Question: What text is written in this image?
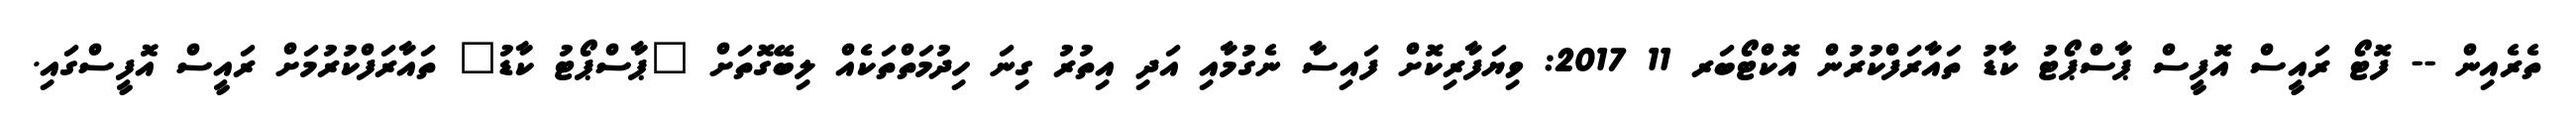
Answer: ތެރެއިން -- ފޮޓޯ ރައީސް އޮފީސް ޕާސްޕޯޓު ކާޑު ތައާރަފްކުރުން އޮކްޓޯބަރ 11 2017: ވިޔަފާރިކޮށް ފައިސާ ނެގުމާއި އަދި އިތުރު ގިނަ ހިދުމަތްތަކެއް ލިބޭގޮތަށް "ޕާސްޕޯޓު ކާޑު" ތައާރަފްކުރުމަށް ރައީސް އޮފީސްގައި.